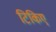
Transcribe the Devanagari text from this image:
टिकिए